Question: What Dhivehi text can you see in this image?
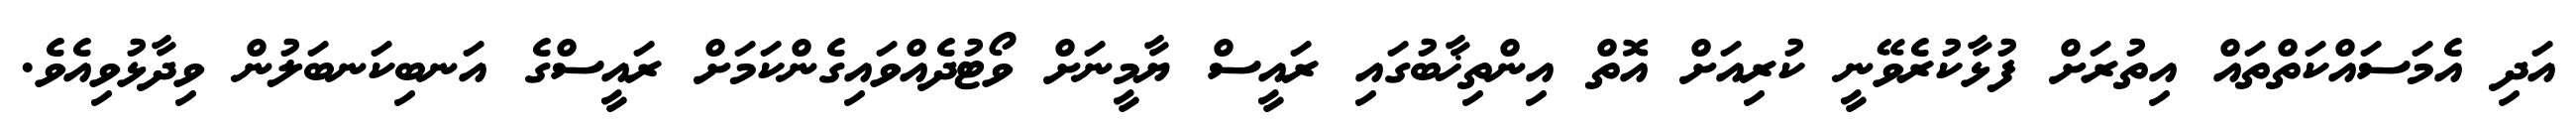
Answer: އަދި އެމަސައްކަތްތައް އިތުރަށް ފުޅާކުރެވޭނީ ކުރިއަށް އޮތް އިންތިޚާބުގައި ރައީސް ޔާމީނަށް ވޯޓުދެއްވައިގެންކަމަށް ރައީސްގެ އަނބިކަނބަލުން ވިދާޅުވިއެވެ.